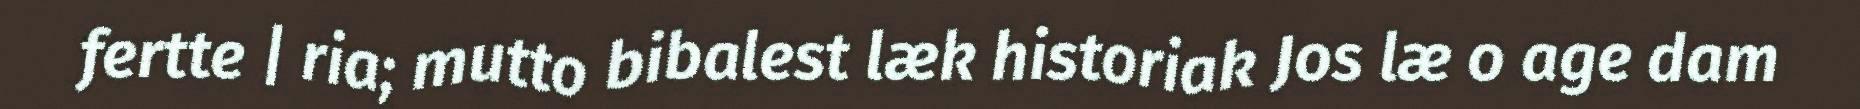
fertte | ria; mutto bibalest læk historiak Jos læ o age dam